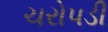
ચરોપડી